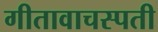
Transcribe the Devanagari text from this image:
गीतावाचस्पती